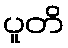
ပူတိ